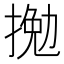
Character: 𢱍